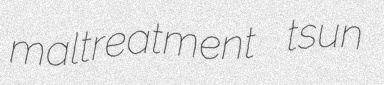
maltreatment tsun